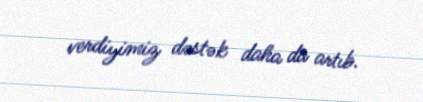
verdiyimiz dəstək daha da artıb.